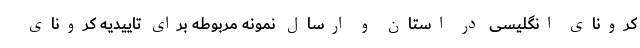
کرونای انگلیسی در استان و ارسال نمونه مربوطه برای تاییدیه کرونای